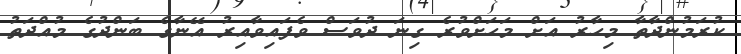
ކުރަމުންދާތާ މިހާރު އަށް މަހަށްވުރެ ގިނަ ދުވަސް ވެފައިވާއިރު އޭނާގެ ބަންދުގެ މުއްދަތު